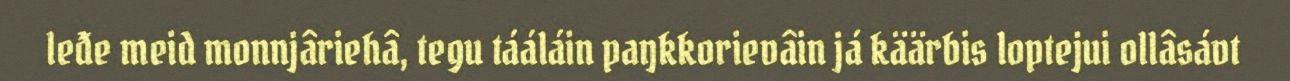
leđe meid monnjâriehâ, tegu tááláin paŋkkorievâin já käärbis loptejui ollâsávt